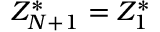
Z _ { N + 1 } ^ { * } = Z _ { 1 } ^ { * }